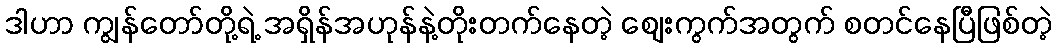
ဒါဟာ ကျွန်တော်တို့ရဲ့ အရှိန်အဟုန်နဲ့တိုးတက်နေတဲ့ စျေးကွက်အတွက် စတင်နေပြီဖြစ်တဲ့